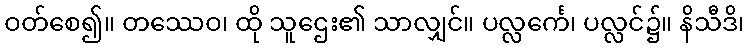
ဝတ်စေ၍။ တဿေဝ၊ ထို သူဌေး၏ သာလျှင်။ ပလ္လင်္ကေ၊ ပလ္လင်၌။ နိသီဒိ၊